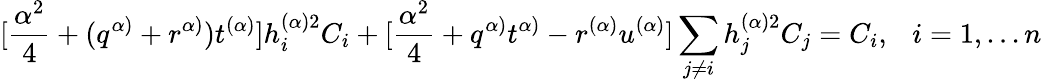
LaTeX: [\frac{\alpha^{2}}{4}+(q^{\alpha)}+r^{\alpha)})t^{(\alpha)}]h_{i}^{(\alpha)2}C_{i}+[\frac{\alpha^{2}}{4}+q^{\alpha)}t^{\alpha)}-r^{(\alpha)}u^{(\alpha)}]\sum_{j\neq i}h_{j}^{(\alpha)2}C_{j}=C_{i},~~~i=1,...n